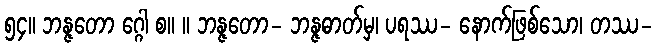
၅၄။ ဘန္ဇတော ဂ္ဂေါ စ။ ။ ဘန္ဇတော- ဘန္ဇဓာတ်မှ၊ ပရဿ- နောက်ဖြစ်သော၊ တဿ-